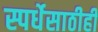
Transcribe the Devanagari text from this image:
स्पर्धेसाठीही